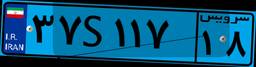
۳۷S۱۱۷۱۸